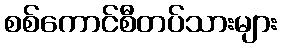
စစ်ကောင်စီတပ်သားများ